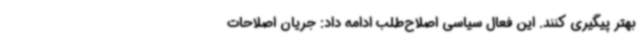
بهتر پیگیری کنند. این فعال سیاسی اصلاح‌طلب ادامه داد: جریان اصلاحات